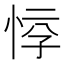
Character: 𱞘